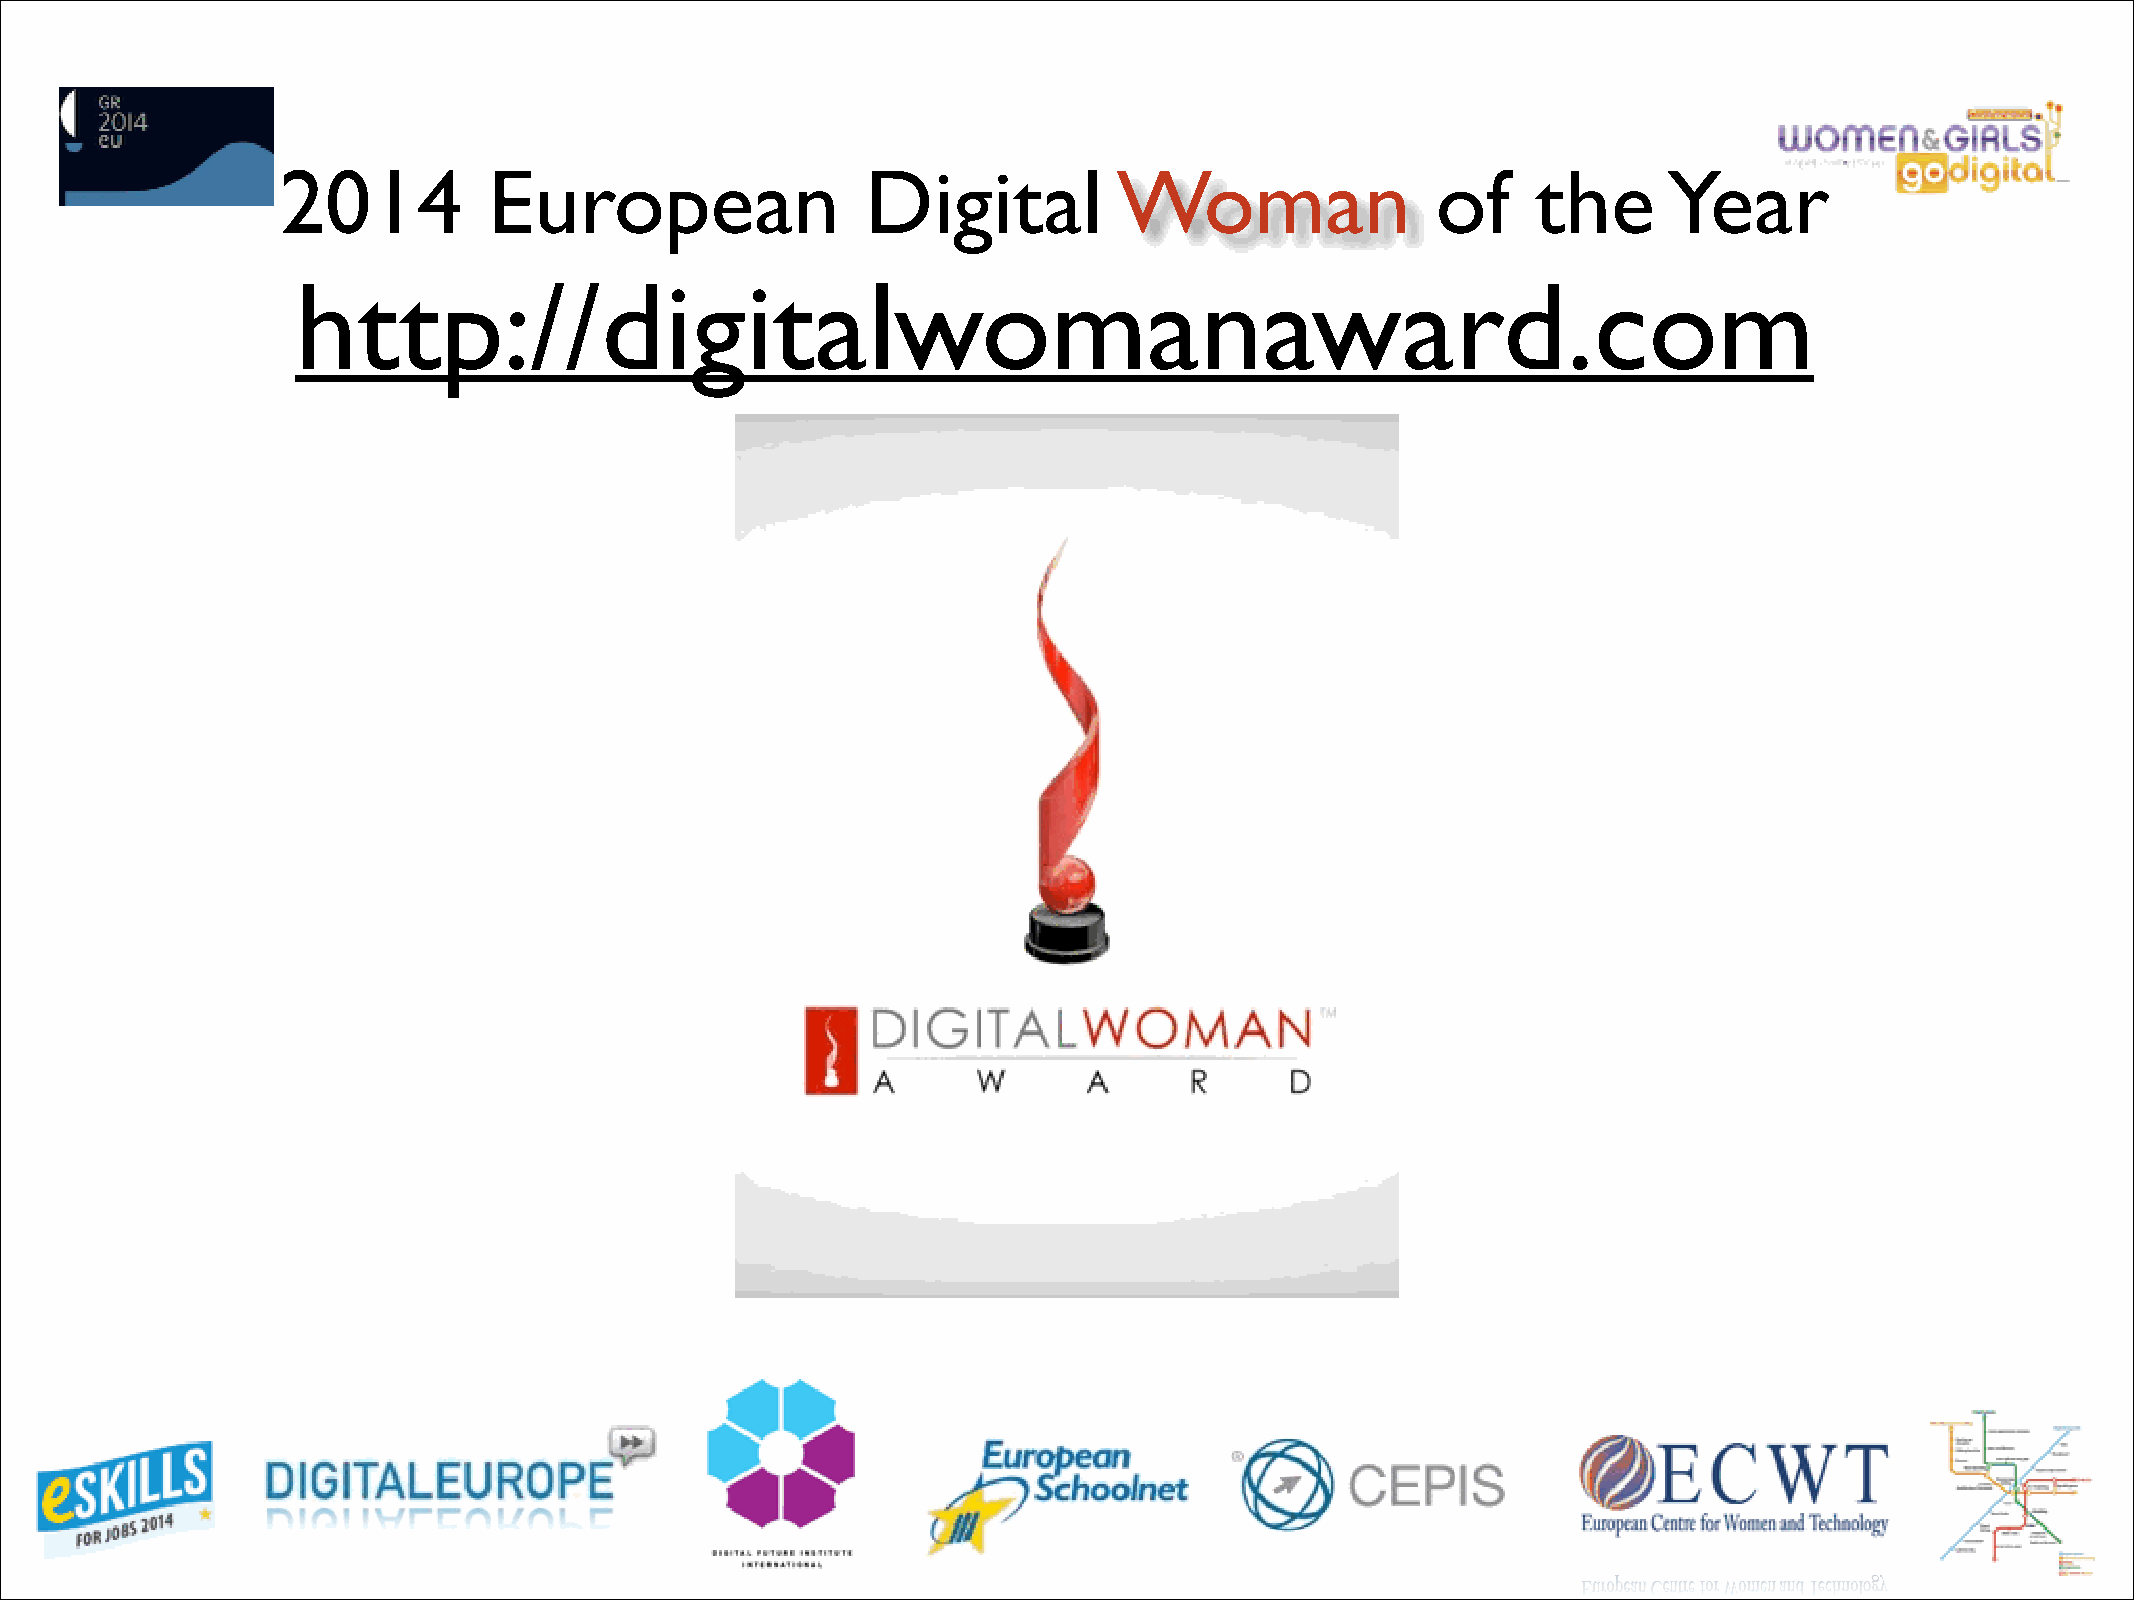
2014          European                 Digital          Woman                of     the     Year
 http://digitalwomanaward.com